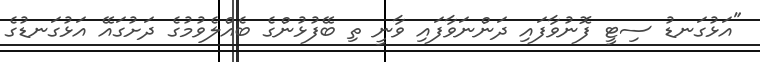
"އަޅުގަނޑު ސިޓީ ފޮނުވާފައި ދަންނަވާފައި ވާނީ ތި ބޭފުޅުންގެ ބެއްލެވުމުގެ ދަށުގައޭ އަޅުގަނޑުގެ